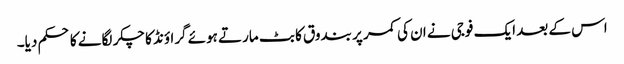
اس کے بعد ایک فوجی نے ان کی کمر پر بندوق کا بٹ مارتے ہوئے گراؤنڈ کا چکر لگانے کا حکم دیا۔